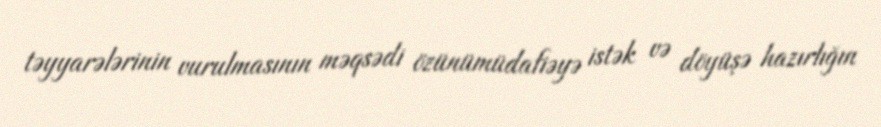
təyyarələrinin vurulmasının məqsədi özünümüdafiəyə istək və döyüşə hazırlığın